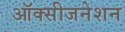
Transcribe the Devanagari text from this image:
ऑक्सीजनेशन